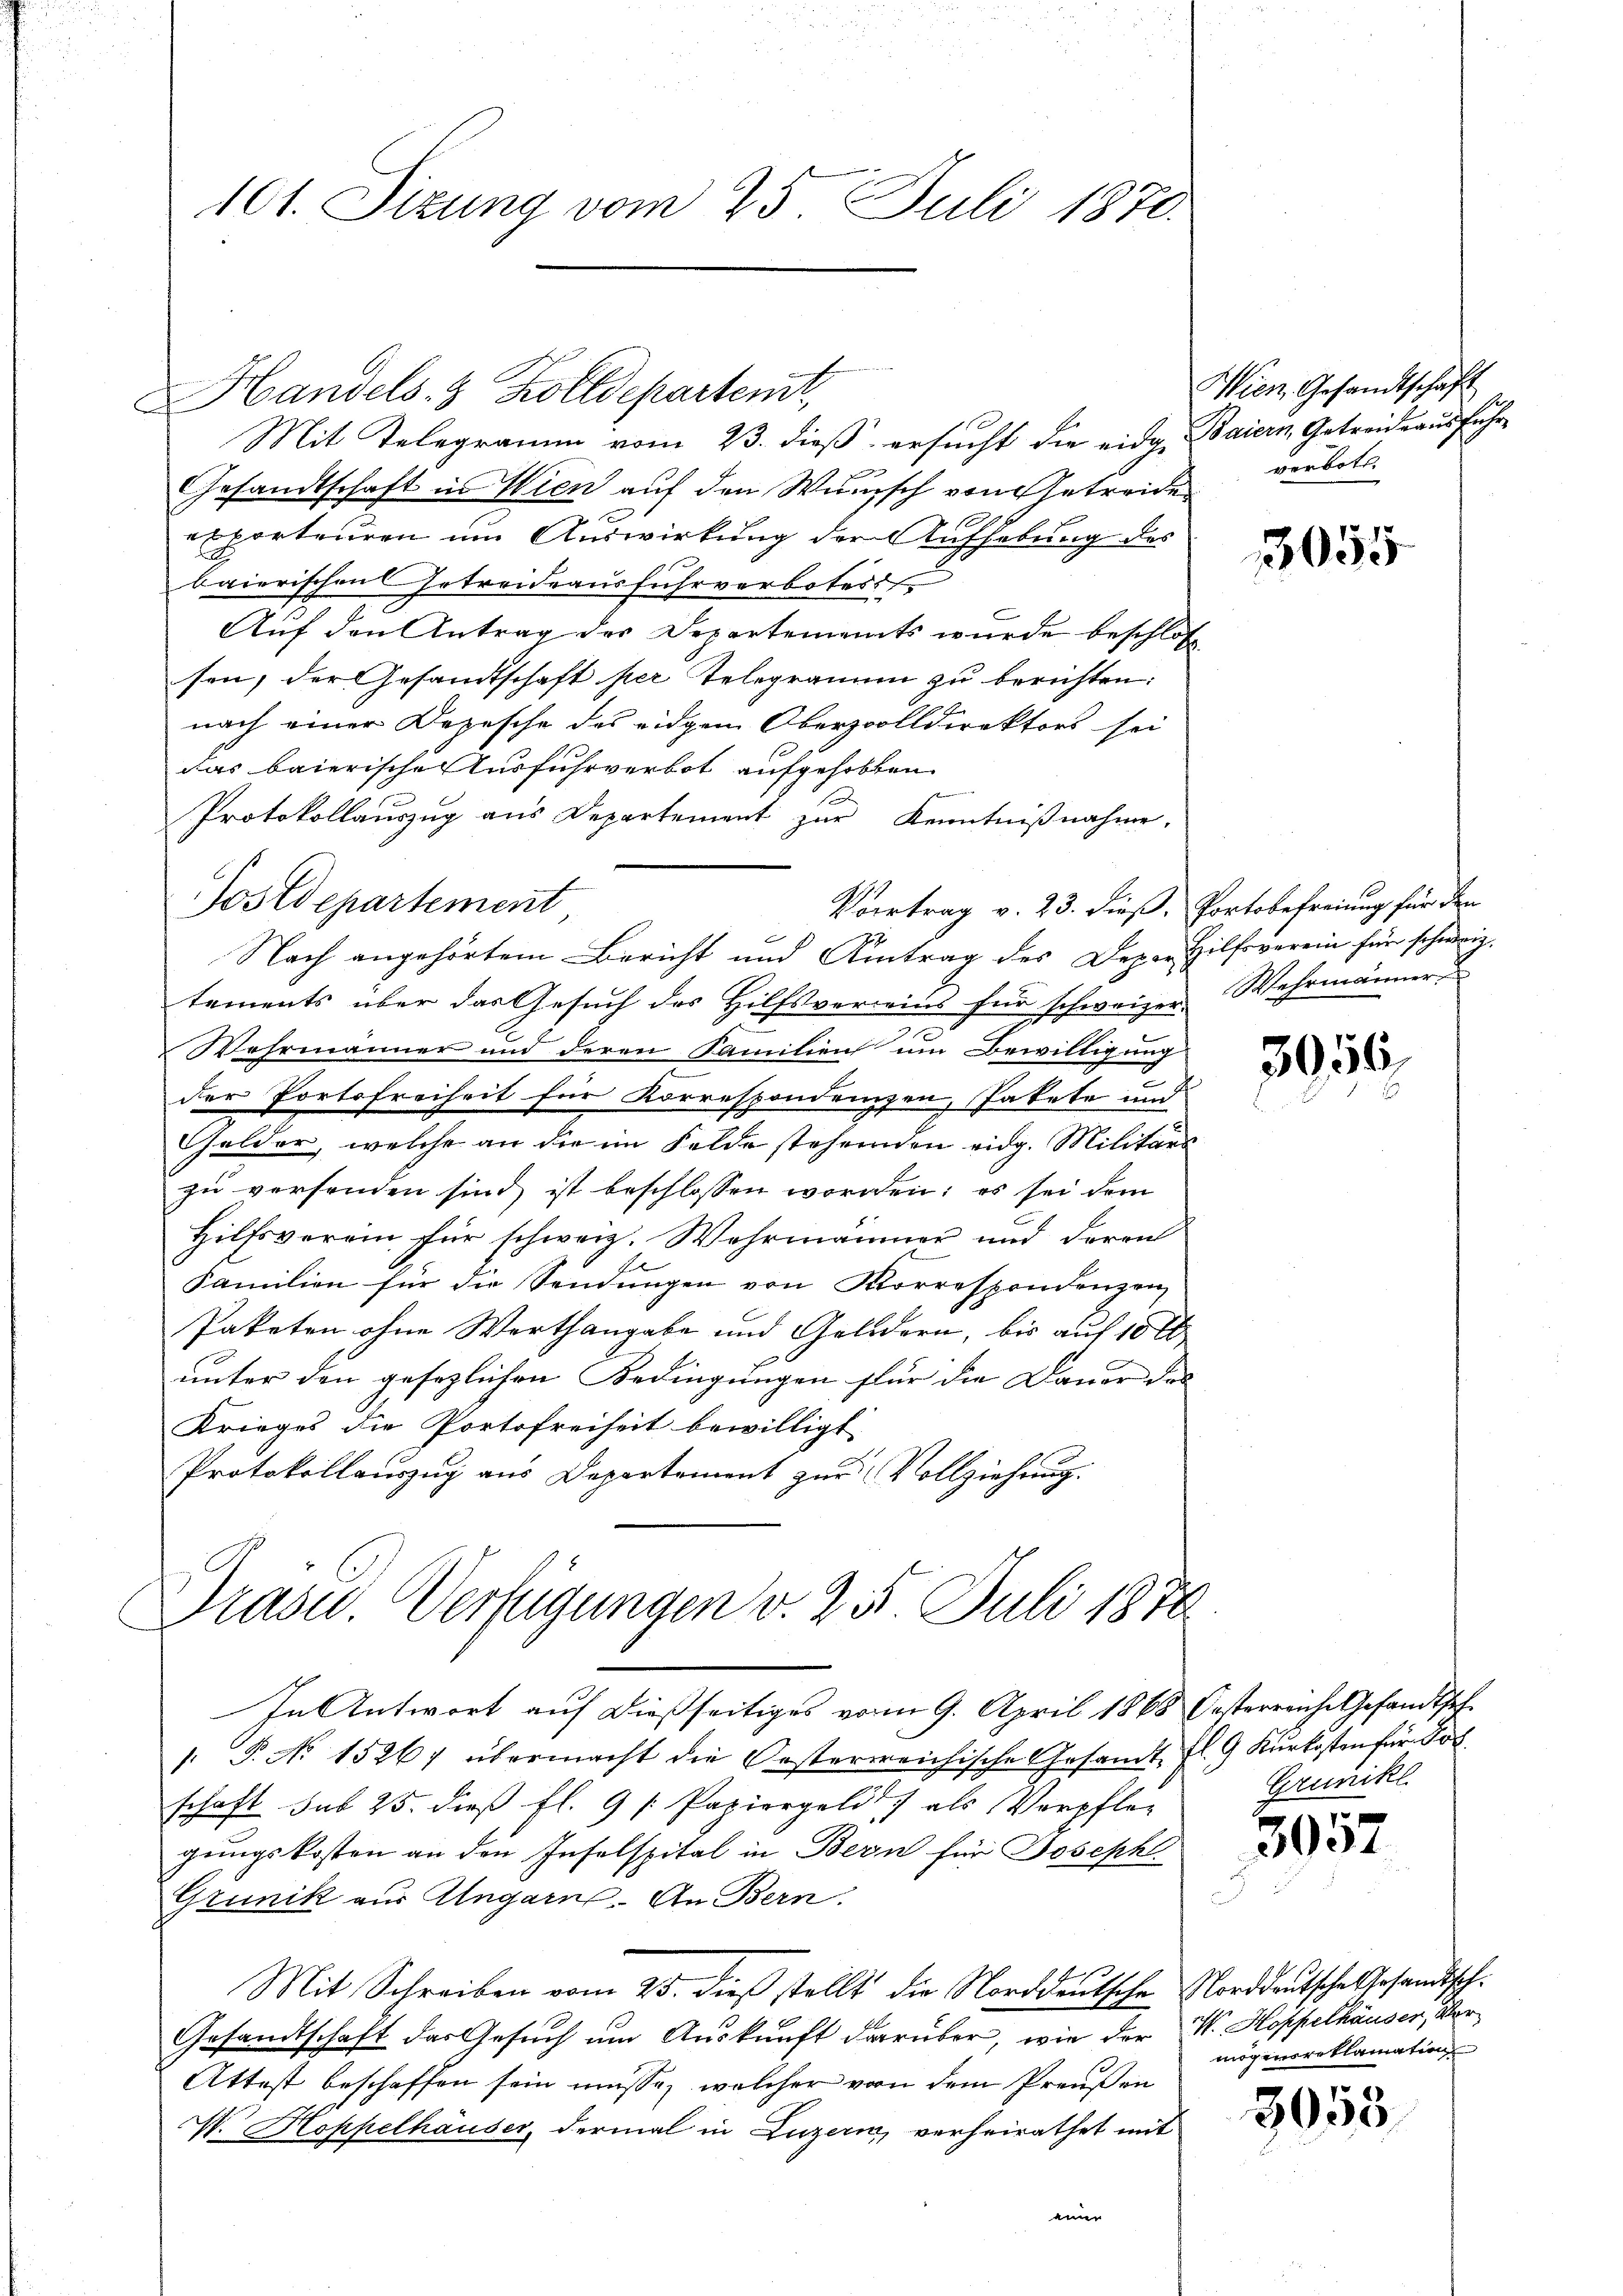
101. Sizung vom 25. Juli 1870.

Handels- & Zolldepartent

Mit Telegramm vom 23. dieß ersucht die eidg. Baiern Getreide ausführ¬
Gesandtschaft in Wien auf den Wunsch von Getreide
exporteuren um Auswirkung der Aufhebung des
baierischen Getreideausfuhrverbotest.
Auf den Antrag des Departements wurde beschlos
sen, der Gesandtschaft per Telegramm zu berichten:
nach einer Depesche des eidgen Oberzolldirektors sei
das baierische Ausfuhrverbot aufgehobten
Protokollauszug aus Departement zur Kenntnißnahme.
Vortrag v. 23. dieß, Portobefreiung für den
Nach angehörtem Bericht und Antrag des Dez. Hilfsverein für schweiz.
tements über das Gesuch des Hilfsverweins für schweizer Wehrmänner
7
Wahrmänner und deren Familien um Bewilligung
der Portofreiheit für Korrespondenzen, Pakete und
Gelder, welche an die im Felde stehenden eidg. Militärs
zu versenden sind, ist beschlossen worden; es sei dem
2
Hilfsverein für schweiz. Wahrmänner und deren
Familien für die Sendungen von Korrespondenzen
Paketen ohne Werthangabe und Geldern, bis auf 10 l
unter den gesezlichen Bedingungen für die Dauer des |
Krieges die Portofreiheit bewilligt
Protokollauszug aus Departement zur Vollziehung.

Postdepartement

Präsid. Verfügungen v. 25 Juli 1870
C

Wien, Gesandtschaft
verbott.

In Antwort auf dießseitiges vom 9. April 1868 Oesterreiche Gesandtsch
1. P. No 15267 übermacht die Oesterreichische Gesandt fl. 9 Kŭrkosten für Jos
schaft sub 25. dieß fl. 9 s. Papiergeld als Verpfleg
gungskosten an den Infelspital in Bern für Joseph
Grünik aus Ungarn. An Bern.
Mit Schreiben vom 25. dieß stellt die Norddeutsche Norddeutsche Gesandtsch¬
Gesandtschaft das Gesuch um Auskunft darüber, wie der W. Hoppelhäuser, Vor¬
Attest beschaffen sein müsse, welcher von dem Preußen
W. Hoppelhäuser, dermal in Luzern, verheirathet mit
einer

1055

3056

Grünikl.

3057

mögensreklamation

3053